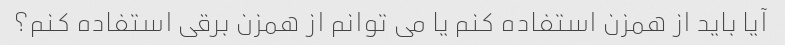
آیا باید از همزن استفاده کنم یا می توانم از همزن برقی استفاده کنم؟